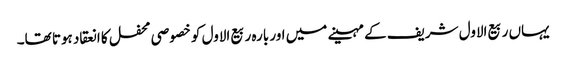
یہاں ربیع الاول شریف کے مہینے میں اور بارہ ربیع الاول کو خصوصی محفل کا انعقاد ہوتا تھا۔